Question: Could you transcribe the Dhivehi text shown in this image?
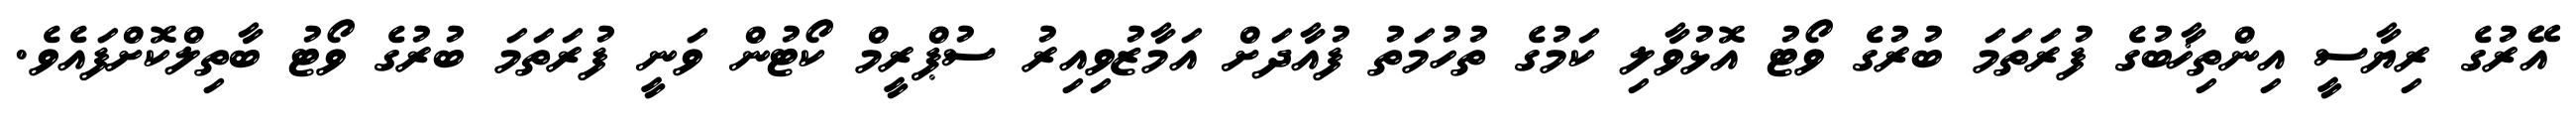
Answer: އޭރުގެ ރިޔާސީ އިންތިޚާބުގެ ފުރަތަމަ ބުރުގެ ވޯޓު އޮޅުވާލި ކަމުގެ ތުހުމަތު ފުއާދަށް އަމާޒުވިއިރު ސުޕްރީމް ކޯޓުން ވަނީ ފުރަތަމަ ބުރުގެ ވޯޓު ބާތިލްކޮށްފައެވެ.